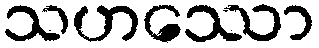
သဟဿော